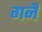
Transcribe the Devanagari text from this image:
गनैं